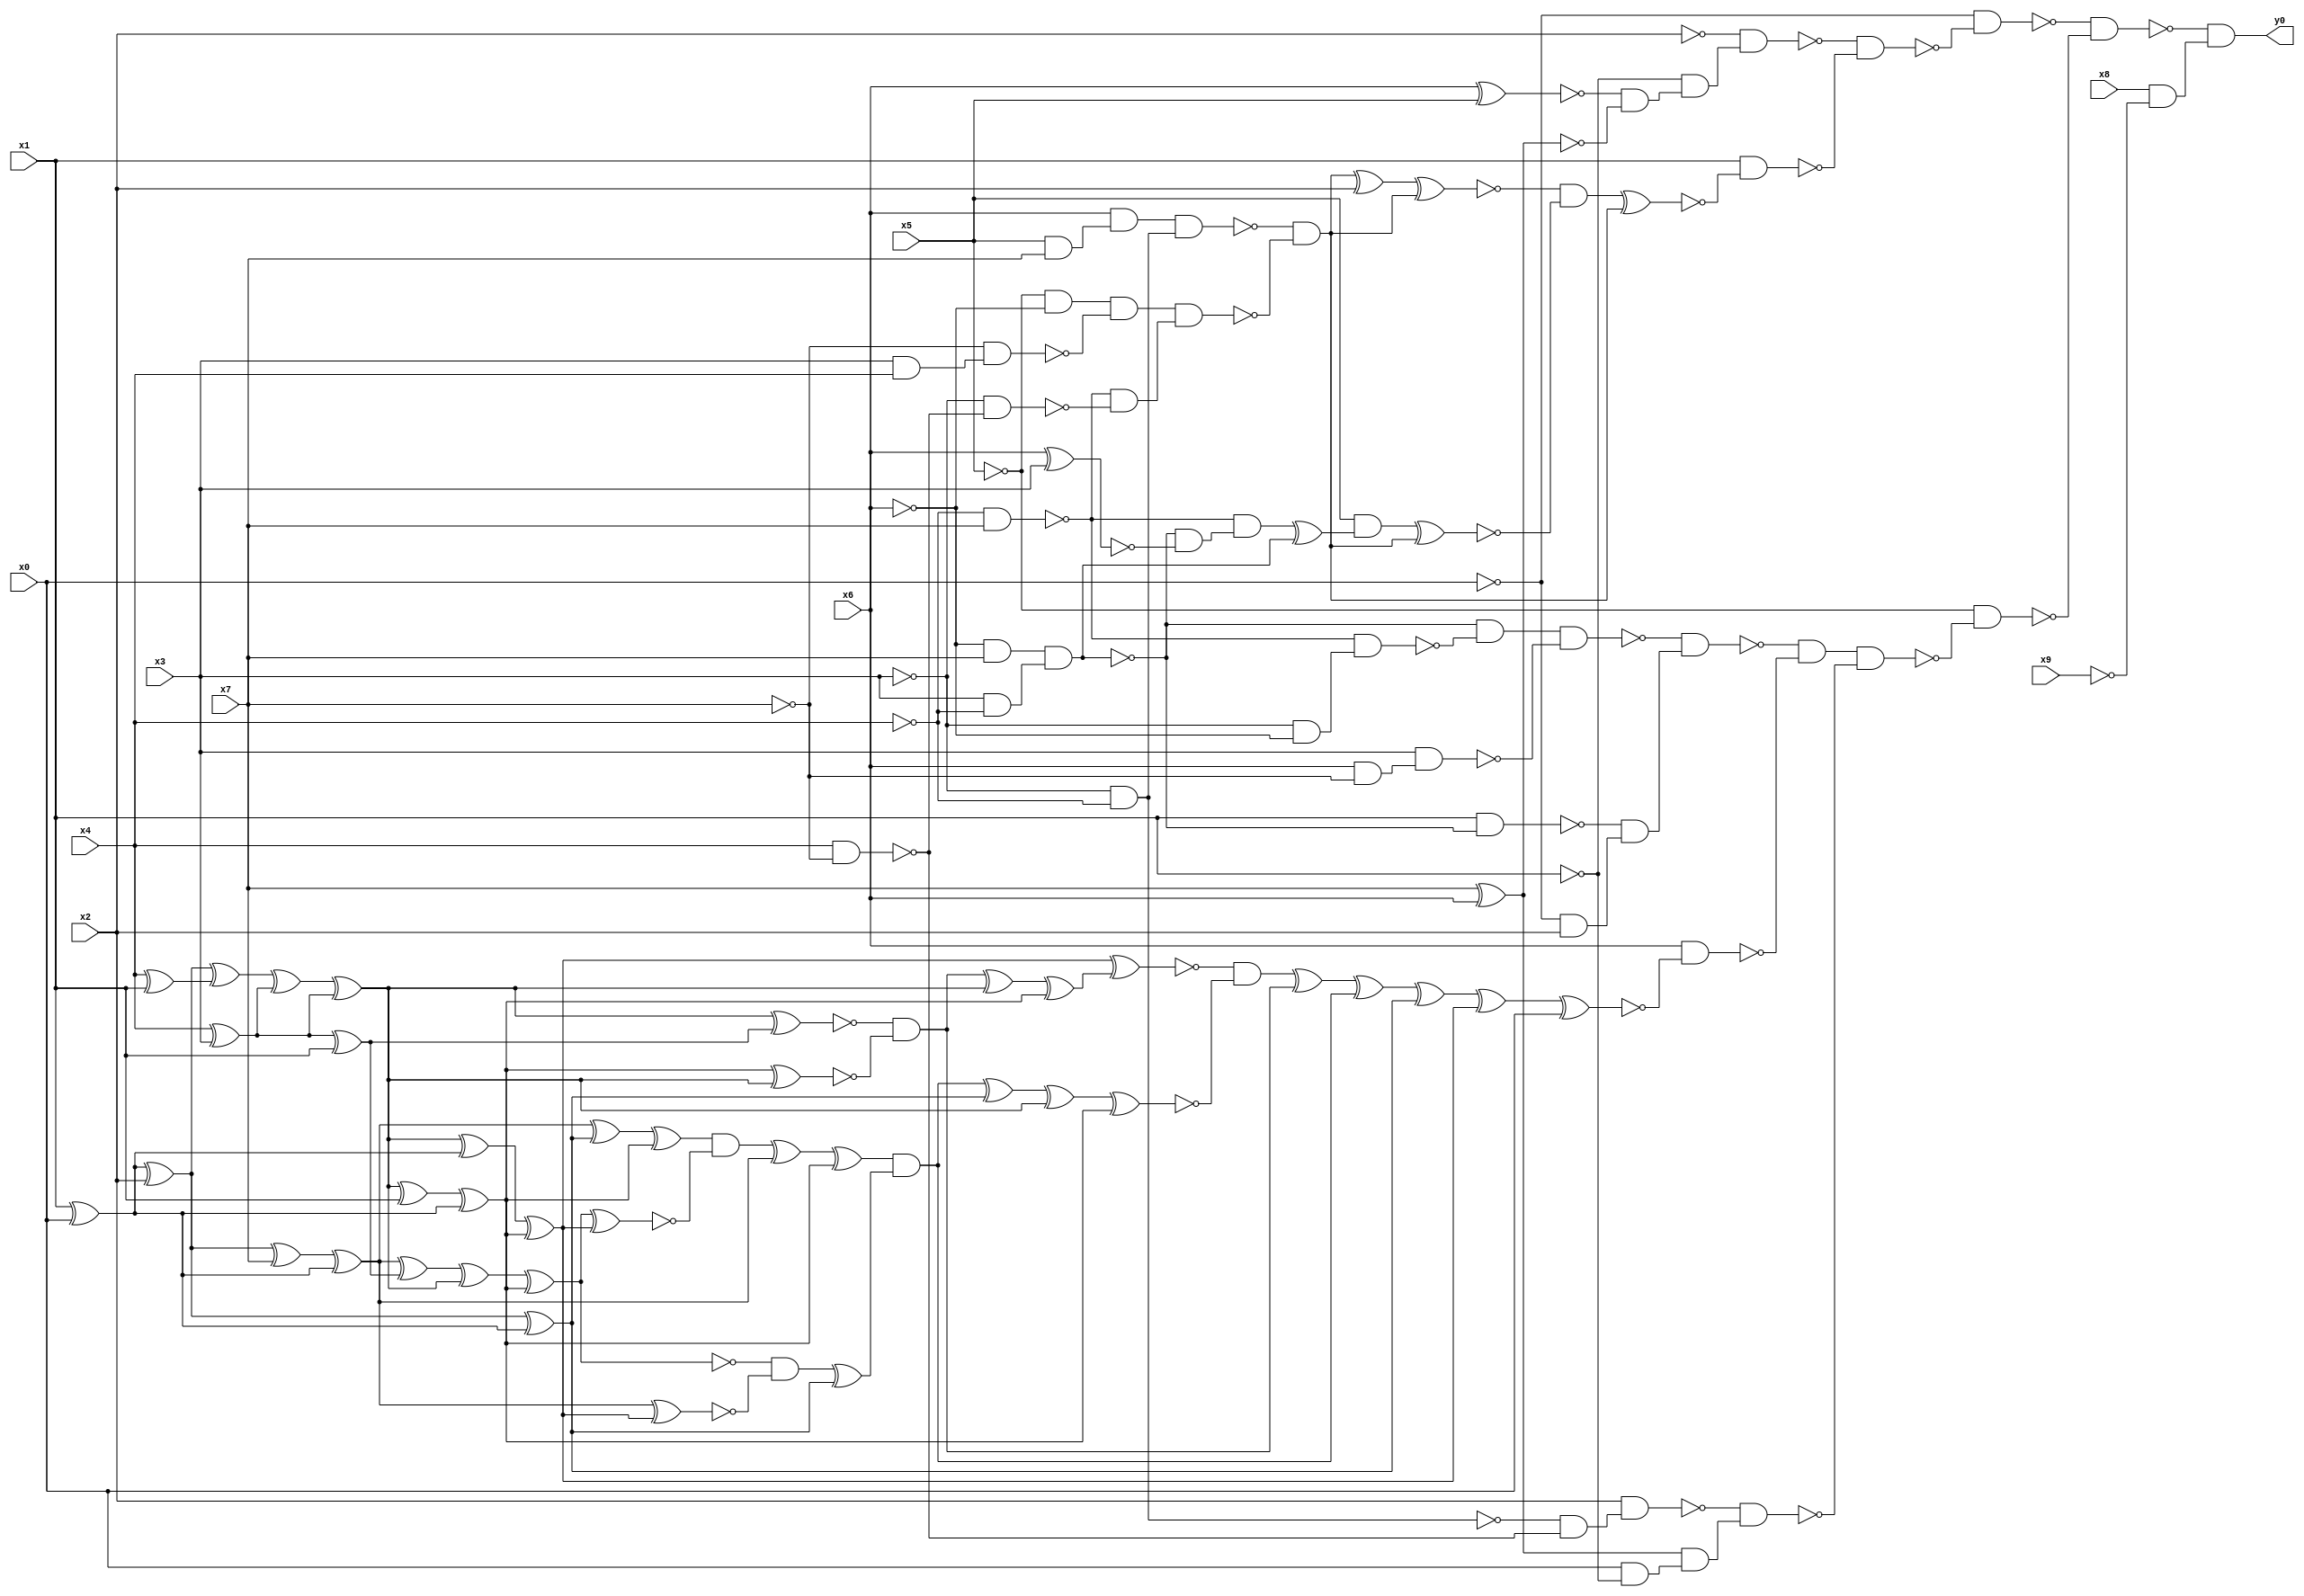
module top( x0 , x1 , x2 , x3 , x4 , x5 , x6 , x7 , x8 , x9 , y0 );
  input x0 , x1 , x2 , x3 , x4 , x5 , x6 , x7 , x8 , x9 ;
  output y0 ;
  wire n11 , n12 , n13 , n14 , n15 , n16 , n17 , n18 , n19 , n20 , n21 , n22 , n23 , n24 , n25 , n26 , n27 , n28 , n29 , n30 , n31 , n32 , n33 , n34 , n35 , n36 , n37 , n38 , n39 , n40 , n41 , n42 , n43 , n44 , n45 , n46 , n47 , n48 , n49 , n50 , n51 , n52 , n53 , n54 , n55 , n56 , n57 , n58 , n59 , n60 , n61 , n62 , n63 , n64 , n65 , n66 , n67 , n68 , n69 , n70 , n71 , n72 , n73 , n74 , n75 , n76 , n77 , n78 , n79 , n80 , n81 , n82 , n83 , n84 , n85 , n86 , n87 , n88 , n89 , n90 , n91 , n92 , n93 , n94 , n95 , n96 , n97 , n98 , n99 , n100 , n101 , n102 , n103 , n104 , n105 , n106 , n107 , n108 , n109 , n110 ;
  assign n11 = x6 ^ x5 ;
  assign n12 = x7 ^ x6 ;
  assign n13 = ~n11 & ~n12 ;
  assign n14 = ~x1 & n13 ;
  assign n15 = ~x2 & n14 ;
  assign n16 = x5 & x7 ;
  assign n17 = x6 & n16 ;
  assign n18 = ~x3 & ~x4 ;
  assign n19 = n17 & n18 ;
  assign n20 = ~x5 & ~x6 ;
  assign n21 = x3 & x4 ;
  assign n22 = ~x7 & n21 ;
  assign n23 = n20 & ~n22 ;
  assign n24 = ~x4 & x7 ;
  assign n25 = x4 & ~x7 ;
  assign n26 = ~x3 & ~n25 ;
  assign n27 = ~n24 & ~n26 ;
  assign n28 = n23 & n27 ;
  assign n29 = ~n19 & ~n28 ;
  assign n30 = n29 ^ x2 ;
  assign n31 = n30 ^ n29 ;
  assign n32 = ~x6 & x7 ;
  assign n33 = x3 & ~x4 ;
  assign n34 = n32 & n33 ;
  assign n35 = x6 ^ x3 ;
  assign n36 = ~n34 & ~n35 ;
  assign n37 = ~n24 & n36 ;
  assign n38 = n37 ^ n34 ;
  assign n39 = x5 & n38 ;
  assign n40 = n39 ^ n29 ;
  assign n41 = ~n31 & ~n40 ;
  assign n42 = n41 ^ n29 ;
  assign n43 = x1 & ~n42 ;
  assign n44 = ~n15 & ~n43 ;
  assign n45 = ~x0 & ~n44 ;
  assign n46 = ~x3 & ~x6 ;
  assign n47 = ~n24 & n46 ;
  assign n48 = ~n34 & ~n47 ;
  assign n49 = x6 & ~x7 ;
  assign n50 = x3 & n49 ;
  assign n51 = n48 & ~n50 ;
  assign n52 = x1 & ~n34 ;
  assign n53 = ~x0 & x2 ;
  assign n54 = ~n52 & n53 ;
  assign n55 = ~n51 & n54 ;
  assign n59 = x1 ^ x0 ;
  assign n60 = n59 ^ x2 ;
  assign n58 = x4 ^ x1 ;
  assign n61 = n60 ^ n58 ;
  assign n56 = x4 ^ x3 ;
  assign n62 = n61 ^ n56 ;
  assign n63 = n62 ^ n56 ;
  assign n71 = n63 ^ n59 ;
  assign n65 = n63 ^ x1 ;
  assign n66 = n65 ^ n59 ;
  assign n72 = n71 ^ n66 ;
  assign n57 = n56 ^ x1 ;
  assign n64 = n63 ^ n57 ;
  assign n67 = n66 ^ n63 ;
  assign n68 = ~n64 & ~n67 ;
  assign n69 = n68 ^ n63 ;
  assign n70 = n69 ^ n66 ;
  assign n73 = n72 ^ n70 ;
  assign n75 = n60 ^ x7 ;
  assign n76 = n75 ^ n59 ;
  assign n74 = n60 ^ n59 ;
  assign n77 = n76 ^ n74 ;
  assign n78 = n77 ^ n66 ;
  assign n79 = n76 ^ n57 ;
  assign n80 = n79 ^ n63 ;
  assign n81 = n80 ^ n66 ;
  assign n82 = n81 ^ n72 ;
  assign n83 = n78 & ~n82 ;
  assign n84 = n83 ^ n76 ;
  assign n85 = n84 ^ n66 ;
  assign n86 = n76 ^ n72 ;
  assign n87 = ~n81 & ~n86 ;
  assign n88 = n87 ^ n74 ;
  assign n89 = n85 & n88 ;
  assign n90 = n89 ^ n74 ;
  assign n91 = n90 ^ n63 ;
  assign n92 = n91 ^ n66 ;
  assign n93 = ~n73 & ~n92 ;
  assign n94 = n93 ^ n68 ;
  assign n95 = n94 ^ n89 ;
  assign n96 = n95 ^ n74 ;
  assign n97 = n96 ^ n72 ;
  assign n98 = n97 ^ x0 ;
  assign n99 = x6 & ~n98 ;
  assign n100 = ~n55 & ~n99 ;
  assign n101 = ~n18 & ~n25 ;
  assign n102 = x2 & n101 ;
  assign n103 = x0 & ~x1 ;
  assign n104 = n12 & n103 ;
  assign n105 = ~n102 & n104 ;
  assign n106 = n100 & ~n105 ;
  assign n107 = ~x5 & ~n106 ;
  assign n108 = ~n45 & ~n107 ;
  assign n109 = x8 & ~x9 ;
  assign n110 = ~n108 & n109 ;
  assign y0 = n110 ;
endmodule